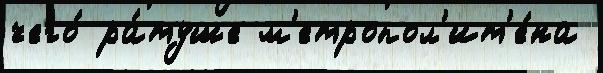
чего́ ра́туше м'етропол'ит'е́на